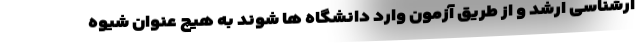
ارشناسی ارشد و از طریق آزمون وارد دانشگاه ها شوند به هیچ عنوان شیوه